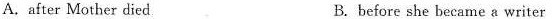
A.after Mother died B.before she became a writer